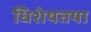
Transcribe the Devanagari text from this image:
धिशेषतया